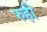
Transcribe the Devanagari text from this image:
रुही